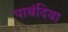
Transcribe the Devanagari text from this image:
पाबंदिया